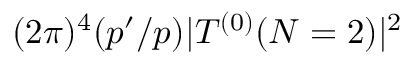
( 2 \pi ) ^ { 4 } ( p ^ { \prime } / p ) | T ^ { ( 0 ) } ( N = 2 ) | ^ { 2 }